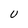
Character: U